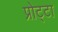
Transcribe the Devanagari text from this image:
प्रोट्टा